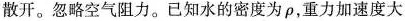
散开。忽略空气阻力。已知水的密度为ρ，重力加速度大